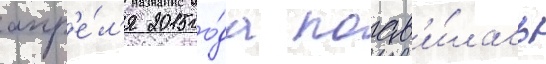
апр'е́л'я 2015 го́да поав'и́лась